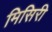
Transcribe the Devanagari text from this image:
मिसिरी